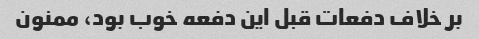
بر خلاف دفعات قبل این دفعه خوب بود، ممنون